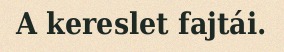
A kereslet fajtái.